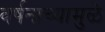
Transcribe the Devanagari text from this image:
वर्षनाच्यामुळे